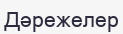
Дәрежелер